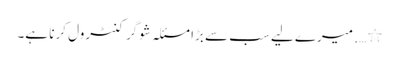
٭ …. میرے لیے سب سے بڑا مسئلہ شوگر کنٹرول کرنا ہے۔